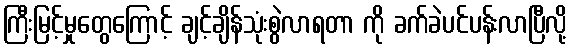
ကြီးမြင့်မှုတွေကြောင့် ချင့်ချိန်သုံးစွဲလာရတာ ကို ခက်ခဲပင်ပန်းလာပြီလို့